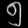
Digit: ၅